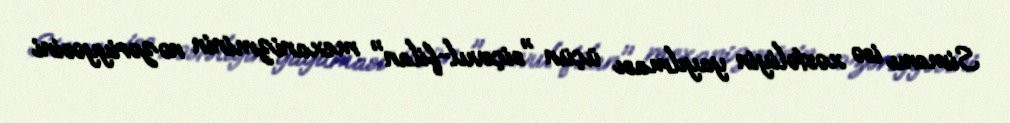
Simonu isə xəstəliyin yayılması üçün "siçovul-filan" mexanizminin nəzəriyyəsini